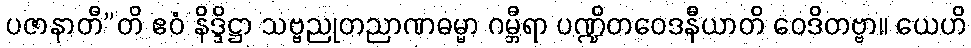
ပဇာနာတီ”တိ ဧဝံ နိဒ္ဒိဋ္ဌာ သဗ္ဗညုတညာဏဓမ္မာ ဂမ္ဘီရာ ပဏ္ဍိတဝေဒနီယာတိ ဝေဒိတဗ္ဗာ။ ယေဟိ